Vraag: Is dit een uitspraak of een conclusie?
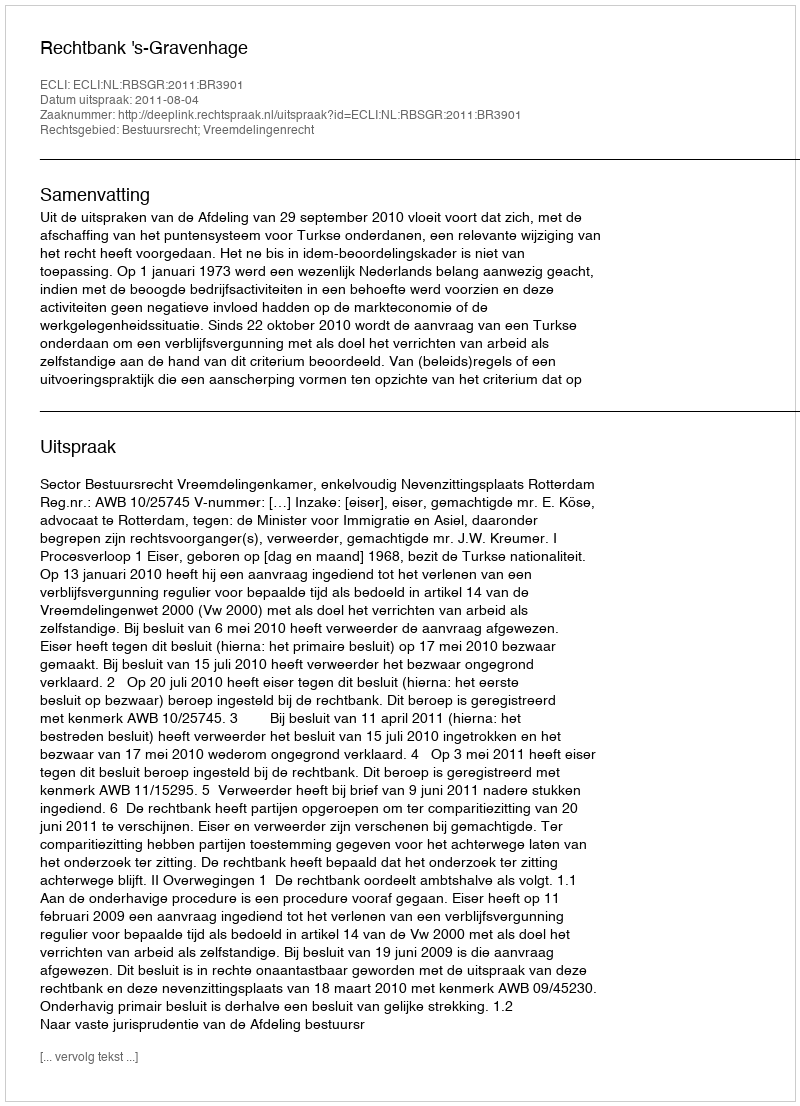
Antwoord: Uitspraak